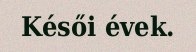
Késői évek.